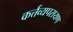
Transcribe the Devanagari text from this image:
कर्त्तव्यपरायण